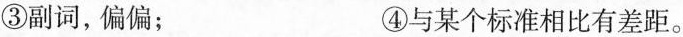
③副词，偏偏； ④与某个标准相比有差距。